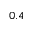
0 . 4